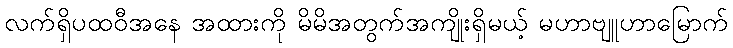
လက်ရှိပထဝီအနေ အထားကို မိမိအတွက်အကျိုးရှိမယ့် မဟာဗျူဟာမြောက်